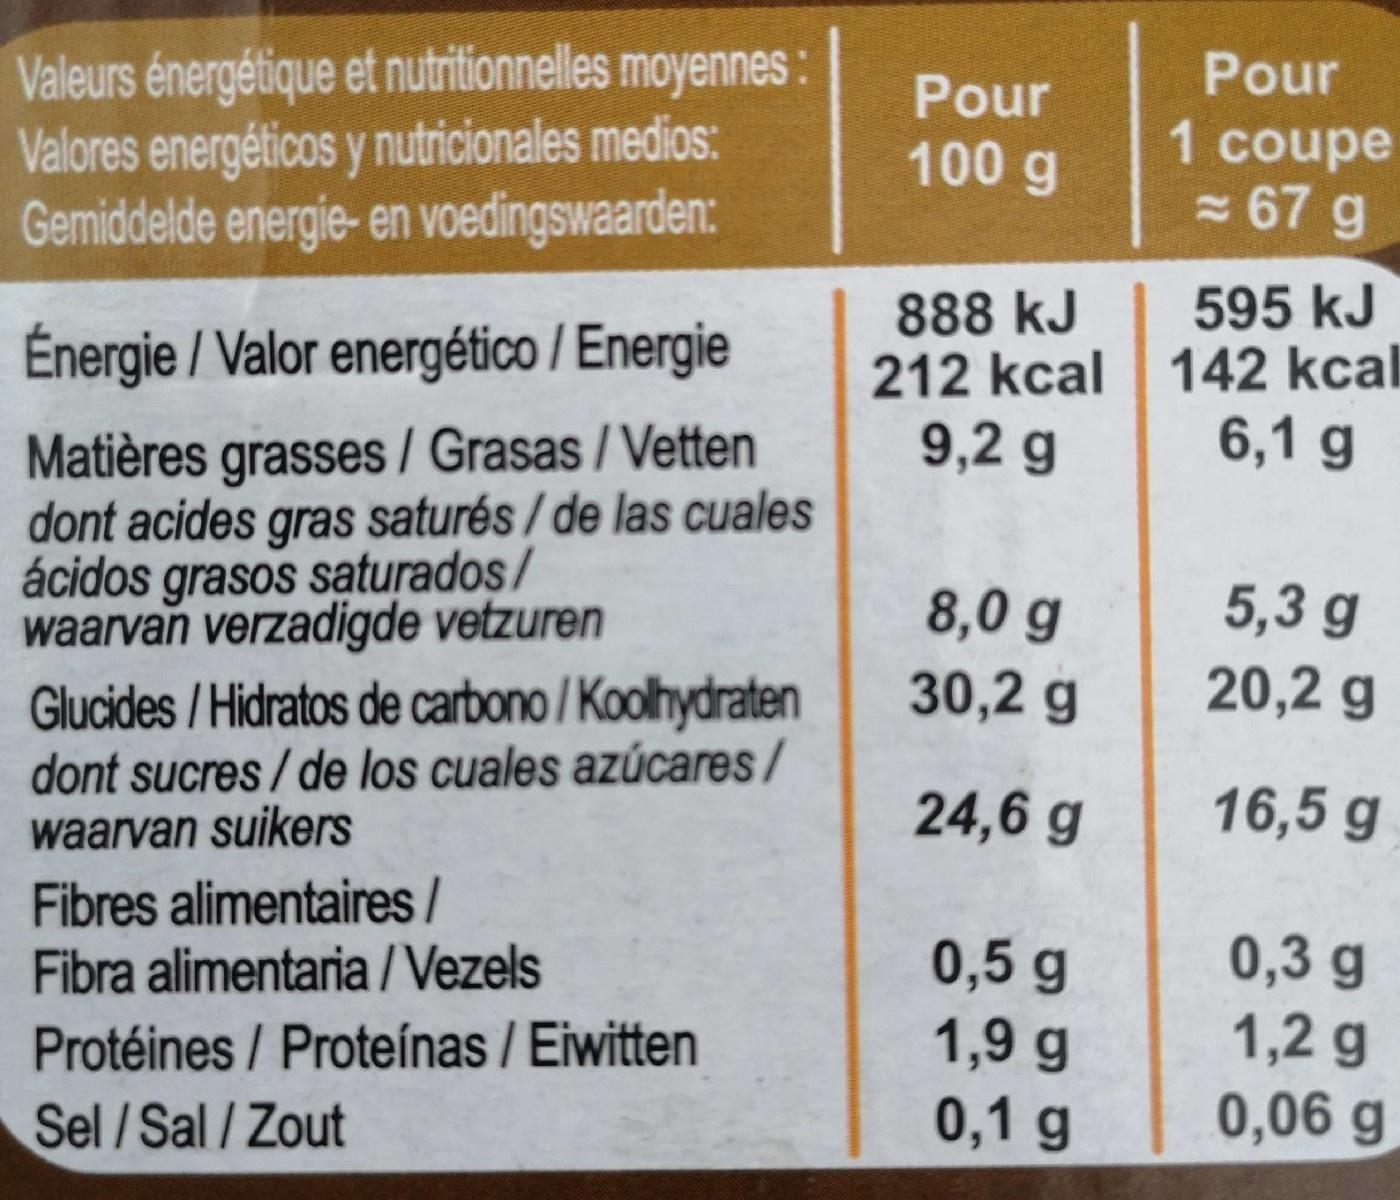
Valeurs énergétique et nutritionnelles moyennes: Valores energéticos y nutricionales medios: Gemiddelde energie- en voedingswaarden:
Pour
Pour
100 g
1 coupe
= 67 g
595 kJ
888 kJ 212 kcal 142 kcal 9,2 g
Énergie / Valor energético / Energie
Matières grasses / Grasas / Vetten dont acides gras saturés/ de las cuales ácidos grasos saturados/ waarvan verzadigde vetzuren Glucides / Hidratos de carbono / Koolhydraten dont sucres/ de los cuales azúcares/ waarvan suikers
6,1 g
5,3 g 20,2 g
8,0 g
30,2 g
24,6 g
16,5 g
Fibres alimentaires/ Fibra alimentaria /Vezels
Protéines / Proteínas / Eiwitten Sel/Sal/Zout
0,5 g 1,9 g 0,1 g
0,3 g 1,2 g 0,06 g